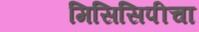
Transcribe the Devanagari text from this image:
मिसिसिपीचा